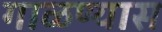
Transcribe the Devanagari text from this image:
गाळण्यास